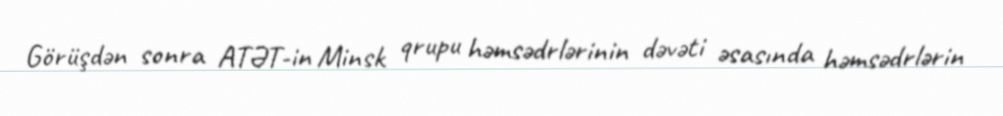
Görüşdən sonra ATƏT-in Minsk qrupu həmsədrlərinin dəvəti əsasında həmsədrlərin